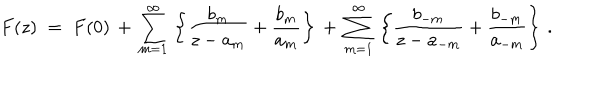
F ( z ) \; = \; F ( 0 ) \, + \, \sum _ { m = 1 } ^ { \infty } \, \left\{ \frac { b _ { m } } { z - a _ { m } } + \frac { b _ { m } } { a _ { m } } \right\} \, + \, \sum _ { m = 1 } ^ { \infty } \, \left\{ \frac { b _ { - m } } { z - a _ { - m } } + \frac { b _ { - m } } { a _ { - m } } \right\} \, .